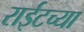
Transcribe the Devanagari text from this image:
राईटच्या